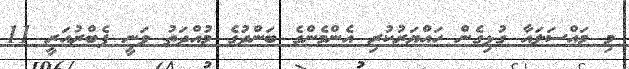
މި މައްސަލައާ ގުޅިގެން ހައްޔަރުކުރި އެންމެންގެ ބަންދުގެ މުއްދަތު ވަނީ ފެބްރުއަރީ 11